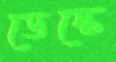
ডেস্কে